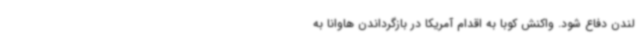
لندن دفاع شود. واکنش کوبا به اقدام آمریکا در بازگرداندن هاوانا به